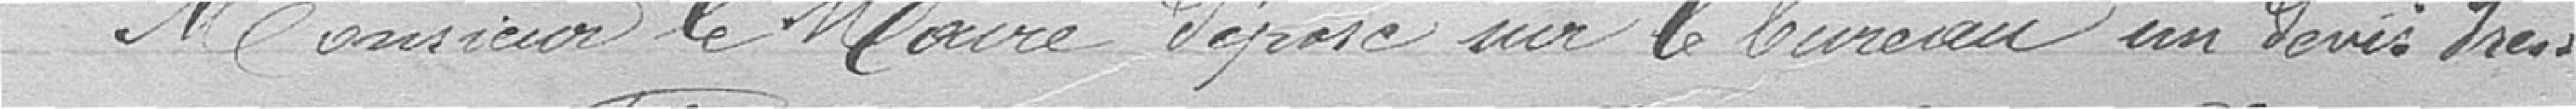
Monsieur le Maire dépose sur le bureau un devis dressé